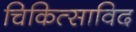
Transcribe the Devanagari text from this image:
चिकित्साविद